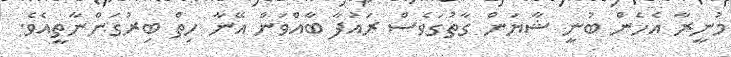
މުނީރާ އެހެން ބުނީ ޝާޔަން ގާތުގަވެސް ރައުފާ ބާއްވަން އޭނާ ހިތް ބިރުގަންނާތީއެވެ.